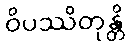
ဝိပဿိတုန္တိ